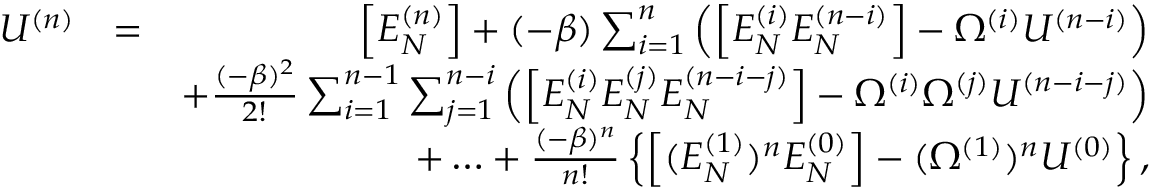
\begin{array} { r l r } { U ^ { ( n ) } } & { = } & { \left[ { E _ { N } ^ { ( n ) } } \right] + ( - \beta ) \sum _ { i = 1 } ^ { n } \left( \left[ E _ { N } ^ { ( i ) } E _ { N } ^ { ( n - i ) } \right] - \Omega ^ { ( i ) } U ^ { ( n - i ) } \right) } \\ & { } & { + \frac { ( - \beta ) ^ { 2 } } { 2 ! } \sum _ { i = 1 } ^ { n - 1 } \sum _ { j = 1 } ^ { n - i } \left( \left[ E _ { N } ^ { ( i ) } E _ { N } ^ { ( j ) } E _ { N } ^ { ( n - i - j ) } \right] - \Omega ^ { ( i ) } \Omega ^ { ( j ) } U ^ { ( n - i - j ) } \right) } \\ & { } & { + \ldots + \frac { ( - \beta ) ^ { n } } { n ! } \left\{ \left[ ( E _ { N } ^ { ( 1 ) } ) ^ { n } E _ { N } ^ { ( 0 ) } \right] - ( \Omega ^ { ( 1 ) } ) ^ { n } U ^ { ( 0 ) } \right\} , } \end{array}